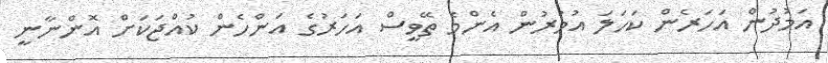
އަމުދުން އަހަރެން ކަހަލަ އުމުރުން އެންމެ ތޭވީސް އަހަރުގެ އަންހެން ކުއްޖަކަށް އޮންނާނީ